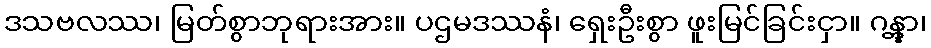
ဒသဗလဿ၊ မြတ်စွာဘုရားအား။ ပဌမဒဿနံ၊ ရှေးဦးစွာ ဖူးမြင်ခြင်းငှာ။ ဂန္တွာ၊